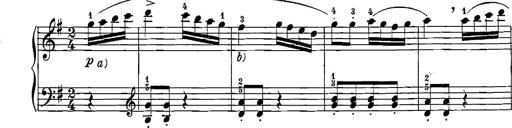
Title: 12 Sonatinas
Composer: Ignaz Pleyel